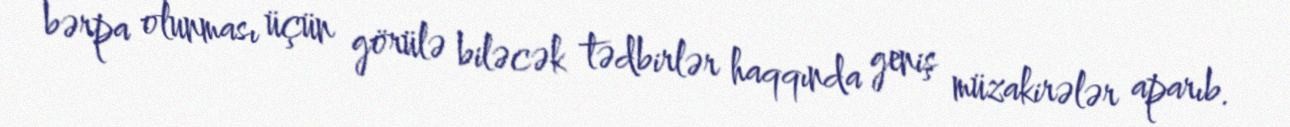
bərpa olunması üçün görülə biləcək tədbirlər haqqında geniş müzakirələr aparıb.